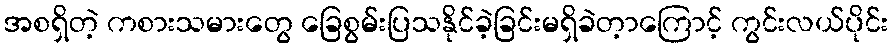
အစရှိတဲ့ ကစားသမားတွေ ခြေစွမ်းပြသနိုင်ခဲ့ခြင်းမရှိခဲတ့ာကြောင့် ကွင်းလယ်ပိုင်း